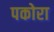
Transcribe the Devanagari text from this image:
पकोरा